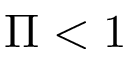
\Pi < 1